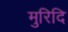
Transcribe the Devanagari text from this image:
मुरिदि